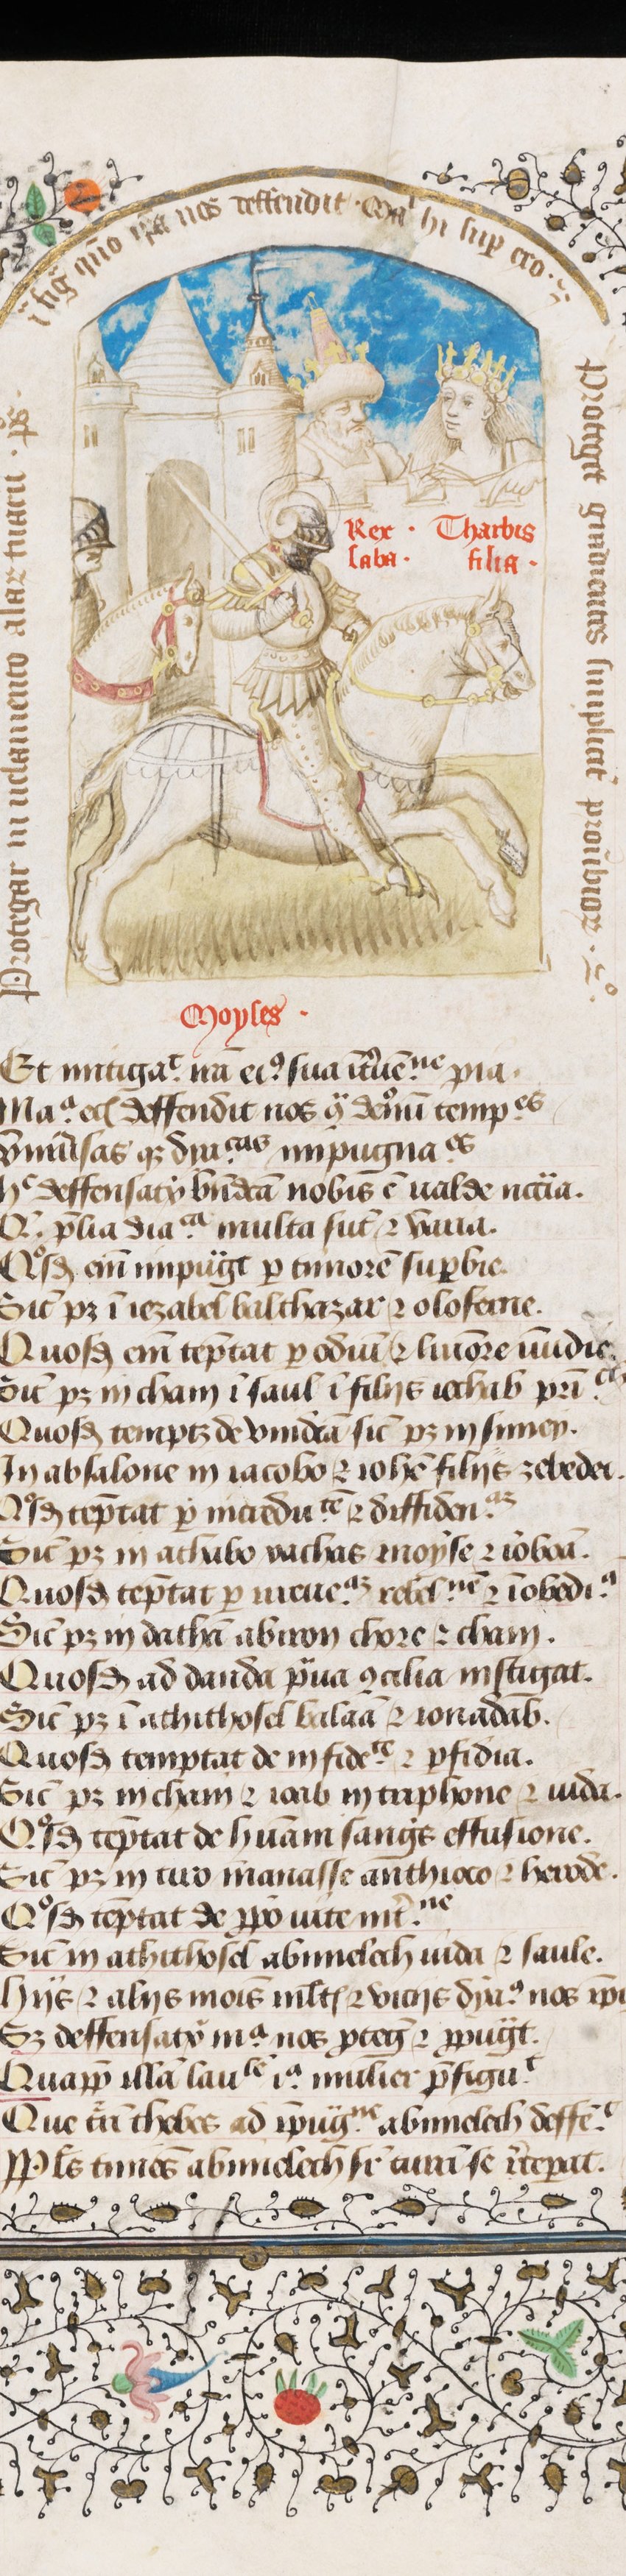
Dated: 1430–1450